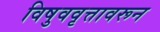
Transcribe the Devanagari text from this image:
विषुववृत्तावरून